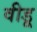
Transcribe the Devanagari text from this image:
वीडू